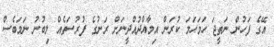
އޭގެ ފަހުން ނަތީޖަ ހަމަހަމަ ކުރަން އިމާއްދުއްދީނަށް ރަނުގެ ފުރުސަތެއް ލިބުނު ނަމަބެސް